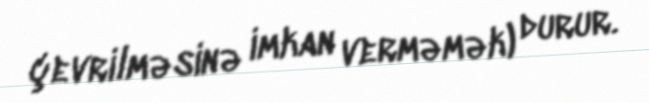
çevrilməsinə imkan verməmək) durur.